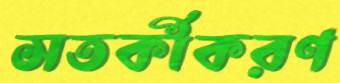
সতর্কীকরণ